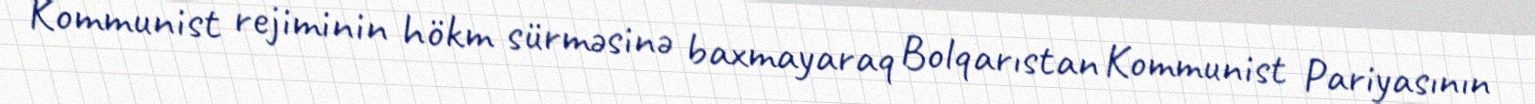
Kommunist rejiminin hökm sürməsinə baxmayaraq Bolqarıstan Kommunist Pariyasının